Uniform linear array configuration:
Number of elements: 64
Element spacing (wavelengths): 0.75
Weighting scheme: cosine
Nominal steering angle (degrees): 15
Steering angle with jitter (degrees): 15.035
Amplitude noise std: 0.05
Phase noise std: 0.05

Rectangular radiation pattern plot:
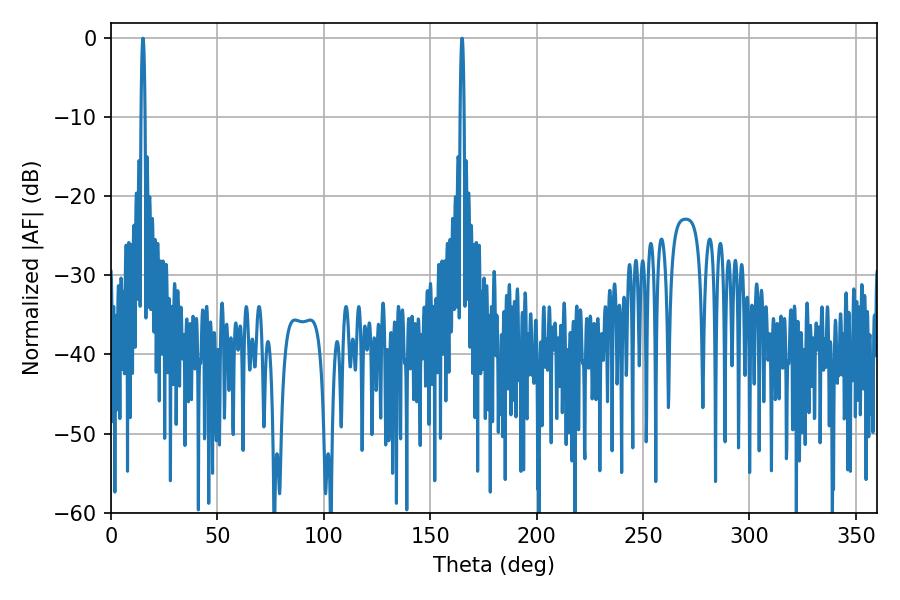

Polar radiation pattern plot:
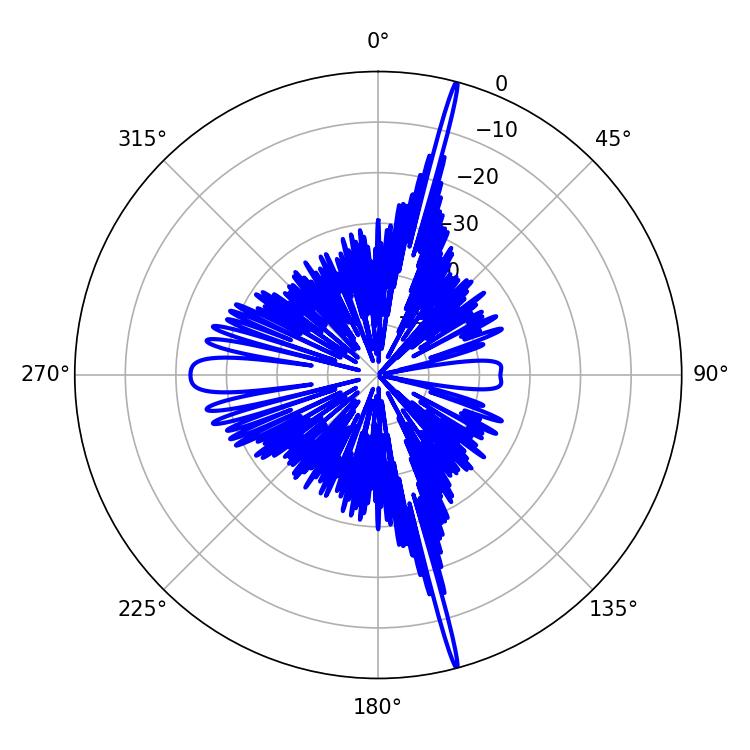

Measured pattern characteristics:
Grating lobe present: TRUE
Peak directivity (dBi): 23.073
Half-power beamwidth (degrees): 0.9
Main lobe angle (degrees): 15.12